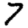
Digit: 7